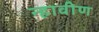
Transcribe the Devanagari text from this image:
न्हावीण